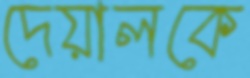
দেয়ালকে